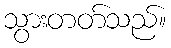
သွားတတ်သည်။